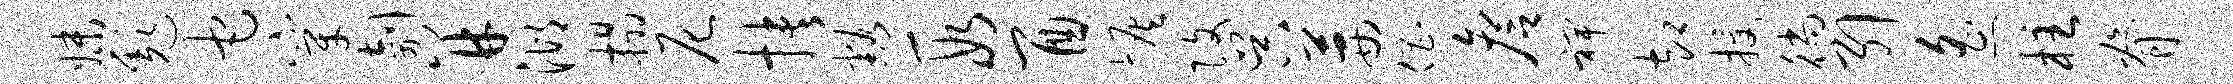
妹彪它穿剞并湖榻尼抉豁段酉恢改吴茜倡詹裨却授徜引遥柱脊